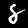
Label: 8